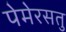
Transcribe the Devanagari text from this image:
पेमेरसतु